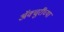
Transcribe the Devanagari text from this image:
ॲक्चुरींच्या